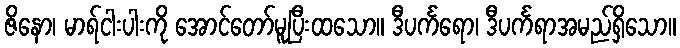
ဇိနော၊ မာရ်ငါးပါးကို အောင်တော်မူပြီးထသော။ ဒီပင်္ကရော၊ ဒီပင်္ကရာအမည်ရှိသော။